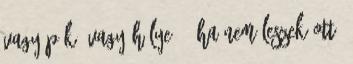
vagy pék, vagy hülye. - Ha nem leszek ott,